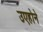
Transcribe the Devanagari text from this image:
उएहोने